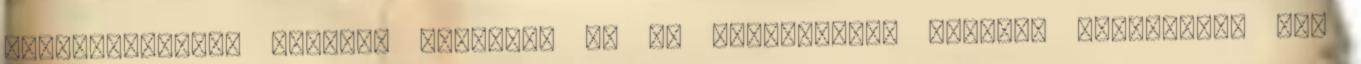
intelligensebb emberek esetében ez az összefüggés kevésbé korrelált, sõt